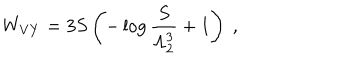
W _ { V Y } = 3 S \left( - \log { \frac { S } { \Lambda _ { 2 } ^ { 3 } } } + 1 \right) \ ,